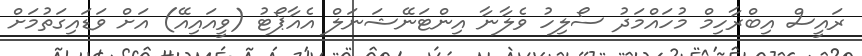
ރައީސް އިބްރާހިމް މުހައްމަދު ސޯލިހު ވެލާނާ އިންޓަނޭޝަނަލް އެއާޕޯޓު (ވީއައިއޭ) އަށް ވަޑައިގަތުމަށް